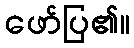
ဖော်ပြ၏။